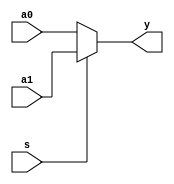
module mux2_1(a1,a0,s,y);
parameter WIDTH = 3; 
input [WIDTH-1:0] a1,a0; 
input s;
output [WIDTH-1:0] y;  
wire [WIDTH-1:0] y; 

assign y = s ? a1 : a0;  
endmodule